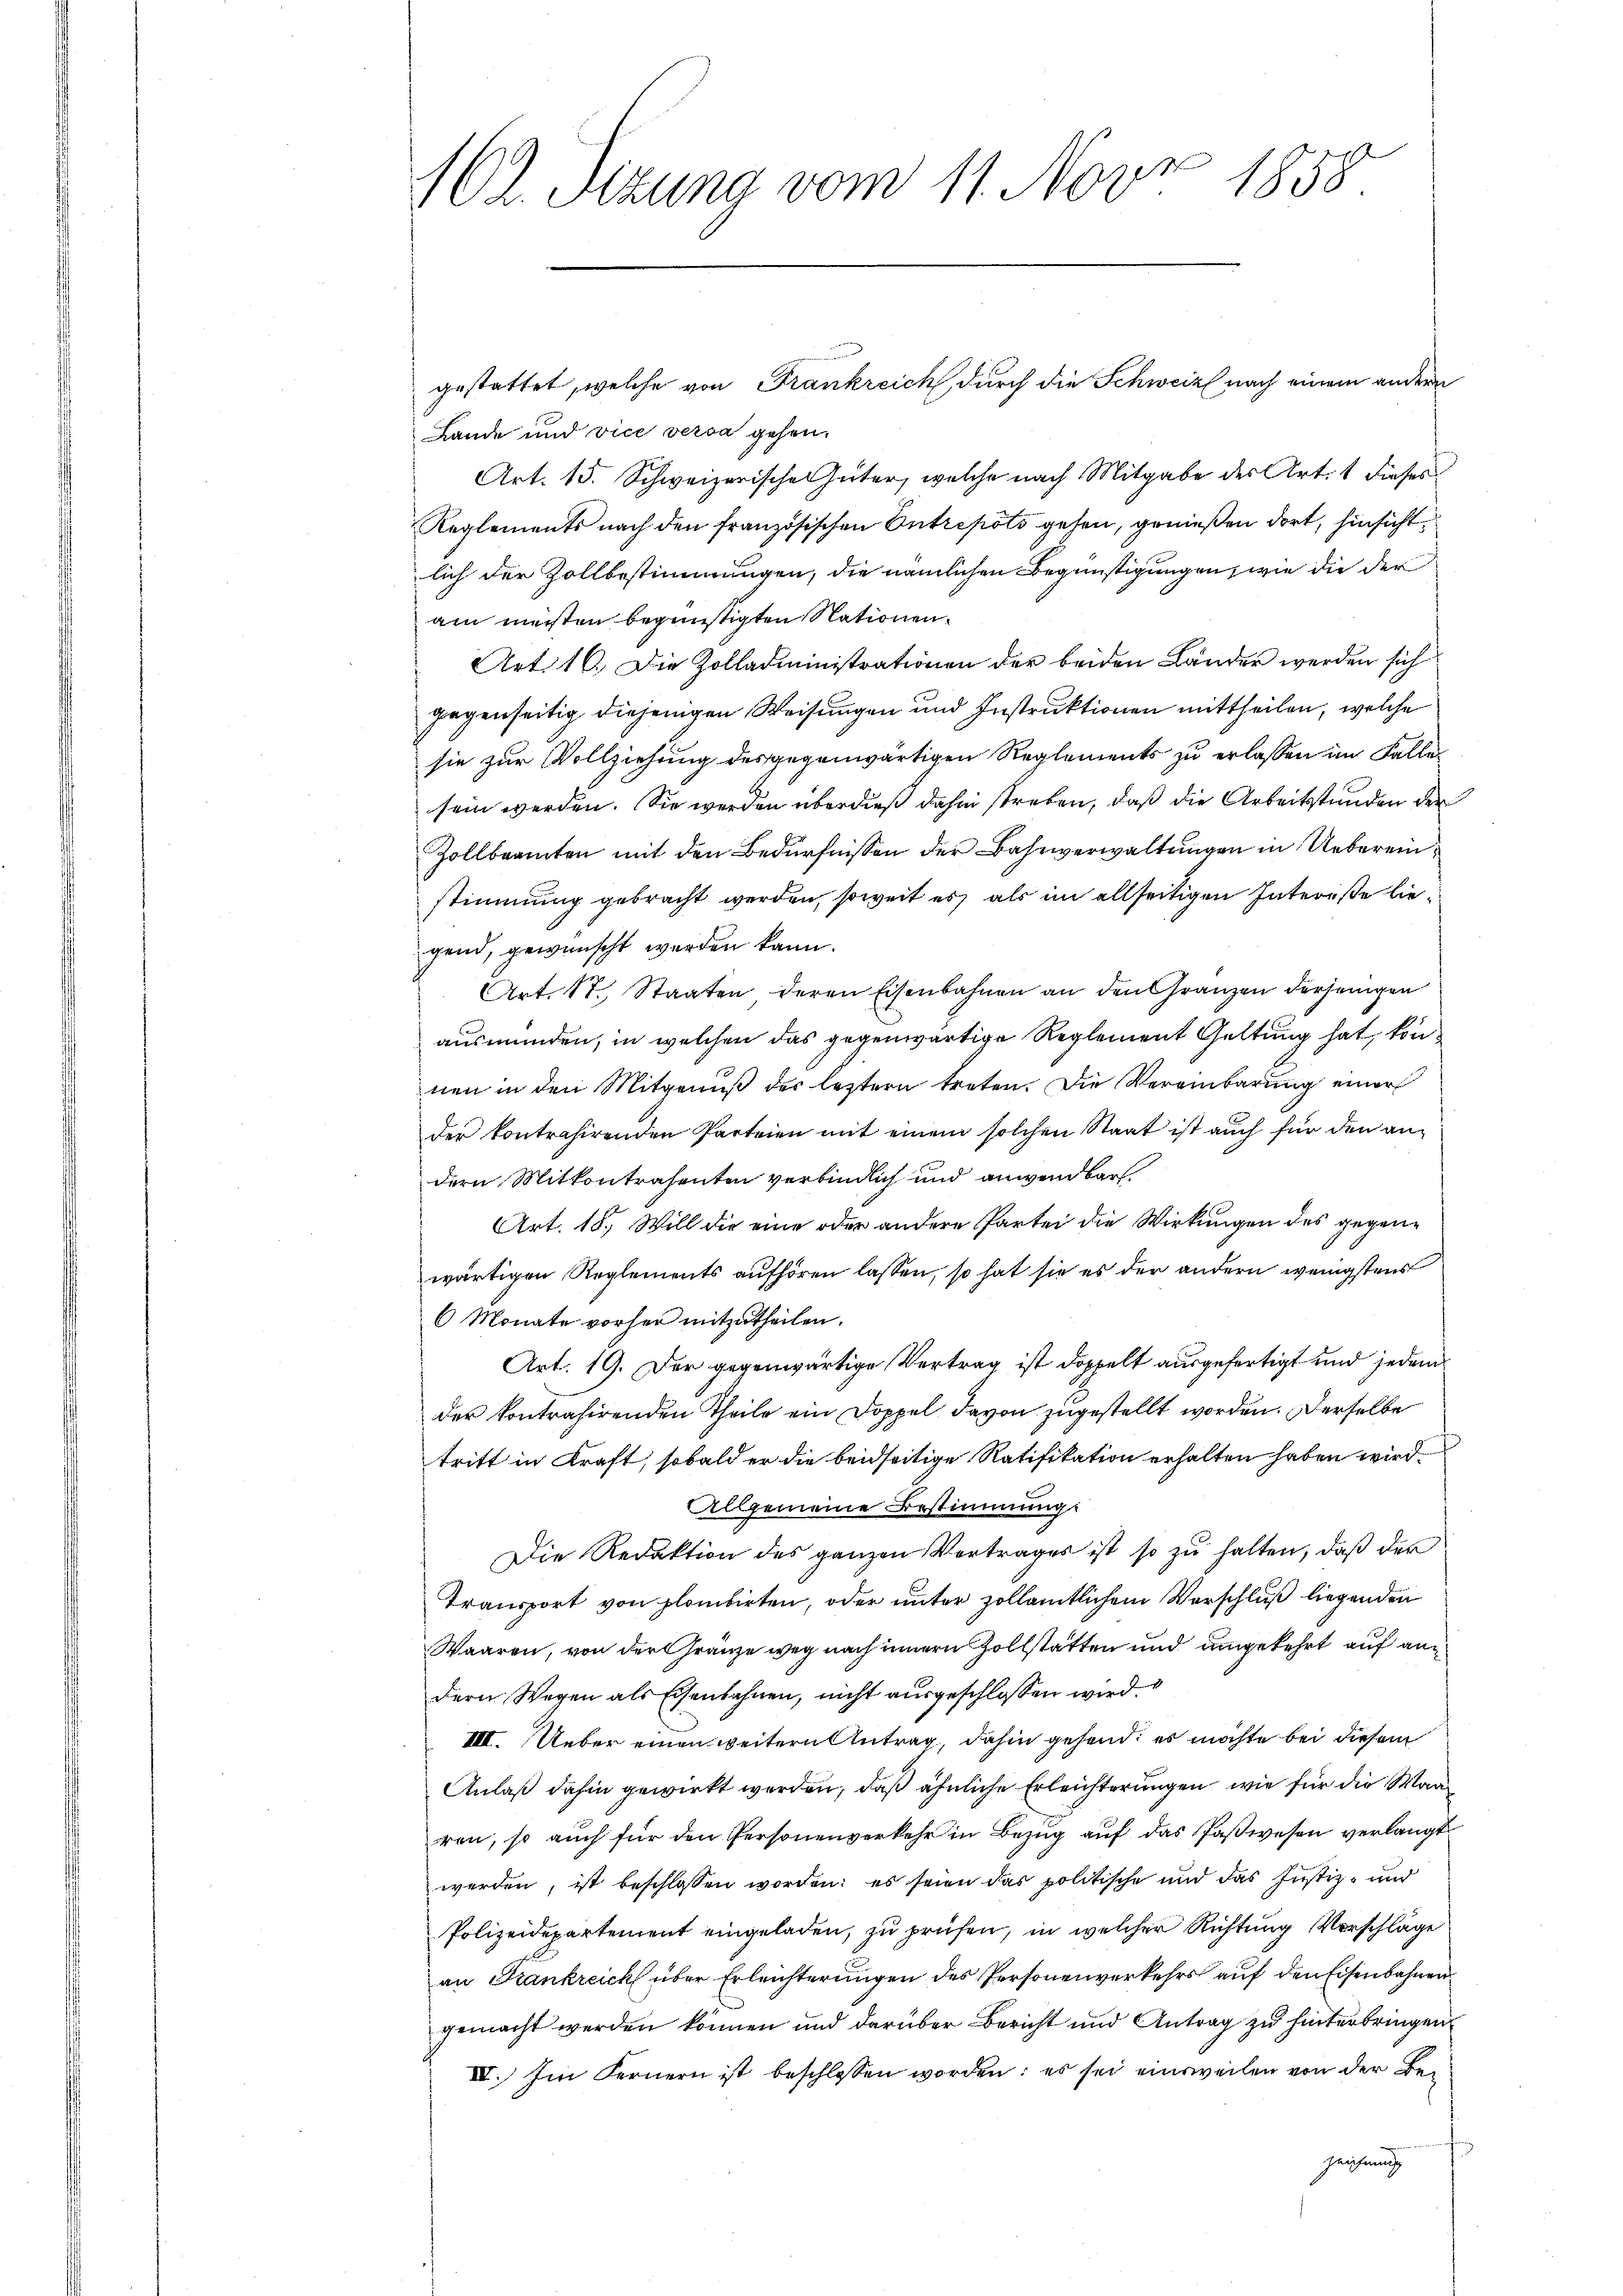
7x
1 l. Sitzung vom 11. Nov. 1858.

gestattet, welche von Frankreich durch die Schweiz nach einem andern
Lande und vice versa gehen.
Art. 15. Schweizerischen Güter, welche nach Mitgabe des Art. 1 dieses
Reglements nach den französischen Entrepots gehen, genießen dort, hinsicht
lich der Zollbestimmungen, die nämlichen Begünstigungen, wie die der
am meisten begünstigten Nationen¬
Art. 10. Die Zolladministrationen der beiden Lander werden sich
gegenseitig diejenigen Weisungen und Instruktionen mittheilen, welche
sie zur Vollziehung des gegenwärtigen Reglements zu erlassen im Falle
sein werden. Sie werden überdieß dahin streben, daß die Arbeitsstunden der
Zollbeamten mit den Bedürfnissen der Bahnverwaltungen in Uebereinstimmung gebracht werden, soweit es als im allseitigen Intereße liegend, gewünscht werden kann.
AArt. 17. Staaten deren Eisenbahnen an den Gränzen derjenigen
ausmünden, in welchen das gegenwärtige Reglement Geltung hat, konnen in den Mitgenuß der letztern treten. Die Vereinbarung einer
der kontrahirenden Parteien mit einem solchen Staat ist aŭch für den an-
dern Mitkontrahenten verbindlich und anwendbar.
Art. 18. Will die eine oder andere Partei die Wirkungen des gegenwärtigen Reglements aufhören lassen, so hat sie es der andern wenigstens
6 Monate vorher mitzutheilen.
Art. 19. Der gegenwärtige Vertrag ist doppelt ausgefertigt und jedem
der kontrahirenden Theile ein Doppel davon zugestellt worden. Derselbe
tritt in Kraft, sobald er die beidseitige Ratifikation erhalten haben wird.
llgemeine Bestimmung.
Die Redaktion des ganzen Vertrages ist so zŭ halten, daß der
Transport von plombirten, oder unter zollamtlichem Vorschluß liegenden
Waaren, von der Gränze weg nach innern Zollstatten und umgekehrt auf andern Wegen als Eisenbahnen, nicht ausgeschlossen wird.
VIII. Ueber einen weitern Antrag, dahin gehend; es möchte bei diesem
Anlaß dahin gewirkt werden, daß ähnliche Erleichterungen, wie für die Waa
ren, so auch für den Personenverkehr in Bezug auf das Paßwesen verlangt
werden, ist beschlossen worden; es seien das politische und das Justiz- und
Polizeidepartement eingeladen, zu prüfen, in welcher Richtung Vorschläge
an Frankreich über Erleichterungen des Personenverkehrs auf den Eisenbahnen
gemacht werden können und darüber Bericht und Antrag zu hinterbringen
IV. Im Fernern ist beschlossen worden: es sei einsweilen von der Be¬
Zeichnung